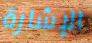
الإشارة